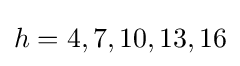
h=4,7,10,13,16